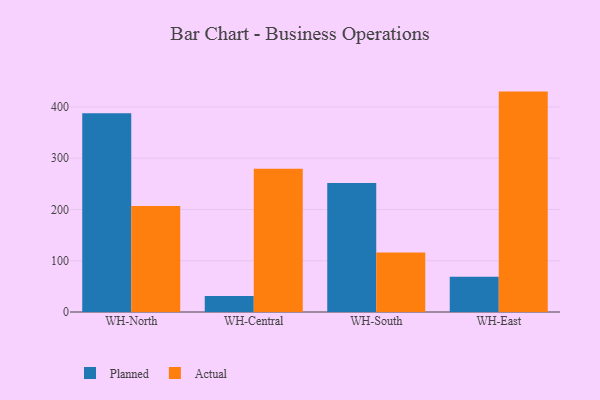
{"axis": {"x": "Warehouse", "y": "Headcount"}, "legend": ["Actual", "Planned"], "data": [{"x": "WH-North", "y": 388.0, "type": "Planned"}, {"x": "WH-North", "y": 206.8, "type": "Actual"}, {"x": "WH-Central", "y": 31.3, "type": "Planned"}, {"x": "WH-Central", "y": 279.5, "type": "Actual"}, {"x": "WH-South", "y": 251.8, "type": "Planned"}, {"x": "WH-South", "y": 116.3, "type": "Actual"}, {"x": "WH-East", "y": 69.0, "type": "Planned"}, {"x": "WH-East", "y": 430.0, "type": "Actual"}]}